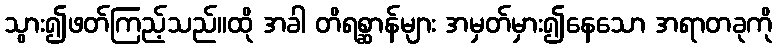
သွား၍ဖတ်ကြည့်သည်။ထို အခါ တိရစ္ဆာန်များ အမှတ်မှား၍နေသော အရာတခုကို